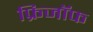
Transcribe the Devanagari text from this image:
फ्रिजॉफ